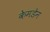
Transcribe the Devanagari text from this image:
केमडेन